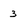
Character: 3